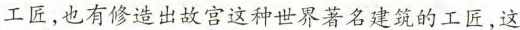
工匠，也有修造出故宫这种世界著名建筑的工匠，这